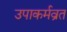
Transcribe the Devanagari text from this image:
उपाकर्मव्रत